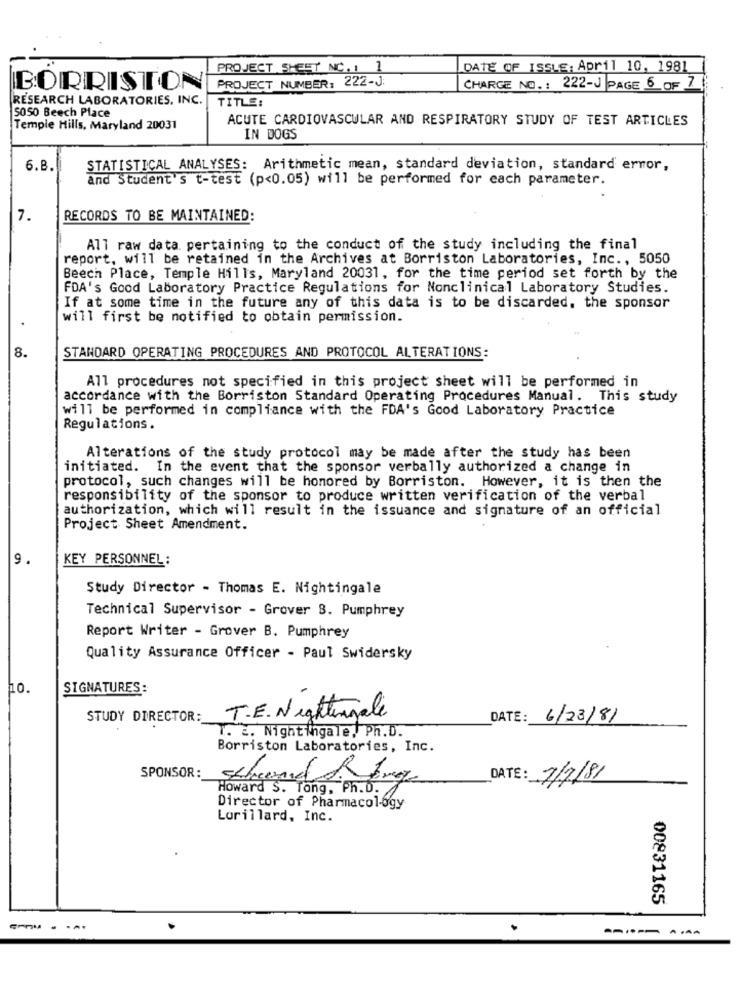
PROJECT SHEET NC . 1 1
DATE OF ISSLE: April 10, 1981
PROJECT NUMBER: 222-J:
BORRISTON
CHARGE NO .: 222-J PAGE 6 OF 2
RESEARCH LABORATORIES, INC.
S050 Beech Place
TITLE:
ACUTE CARDIOVASCULAR AND RESPIRATORY STUDY OF TEST ARTICLES
Temple Hills, Maryland 20031
IN DOGS
6.8.
STATISTICAL ANALYSES: Arithmetic mean, standard deviation, standard error,
and Student's t-test (p<0.05) will be performed for each parameter.
7.
RECORDS TO BE MAINTAINED:
All raw data pertaining to the conduct of the study including the final
report, will be retained in the Archives at Borriston Laboratories, Inc ., 5050
Beech Place, Temple Hills, Maryland 20031, for the time period set forth by the
FDA's Good Laboratory Practice Regulations for Nonclinical Laboratory Studies.
If at some time in the future any of this data is to be discarded, the sponsor
will first be notified to obtain permission.
8.
STANDARD OPERATING PROCEDURES AND PROTOCOL ALTERATIONS:
All procedures not specified in this project sheet will be performed in
accordance with the Borriston Standard Operating Procedures Manual. This study
will be performed in compliance with the FDA's Good Laboratory Practice
Regulations.
Alterations of the study protocol may be made after the study has been
initiated. In the event that the sponsor verbally authorized a change in
protocol, such changes will be honored by Borriston. However, it is then the
responsibility of the sponsor to produce written verification of the verbal
authorization, which will result in the issuance and signature of an official
Project Sheet Amendment.
9.
KEY PERSONNEL:
Study Director - Thomas E. Nightingale
Technical Supervisor - Grover S. Pumphrey
Report Writer - Grover B. Pumphrey
Quality Assurance Officer - Paul Swidersky
ho.
SIGNATURES:
STUDY DIRECTOR:
T.E. Nightingale
DATE: 6/23/81
T. c. Nightingale, Ph.D.
Borriston Laboratories, Inc.
SPONSOR:
DATE: 7/7/81
Howard S. Tong, Ph.D.
Director of Pharmacology
Lorillard, Inc.
00831165
---- ---